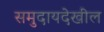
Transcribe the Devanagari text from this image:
समुदायदेखील